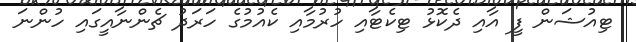
ޓިއުޝަން ފީ އާއި ދެކޮޅު ޓިކެޓާއި ހުރުމާއި ކެއުމުގެ ހަރަދު ޗެންނާއީގައި ހުންނަ